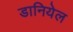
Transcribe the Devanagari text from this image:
डानियेल